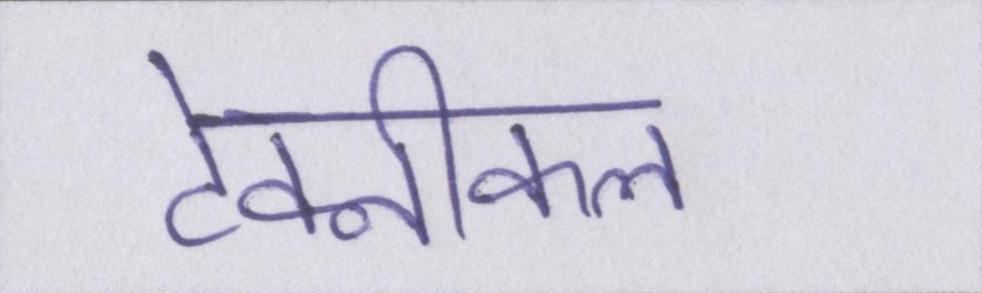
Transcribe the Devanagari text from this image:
टेक्नीकल